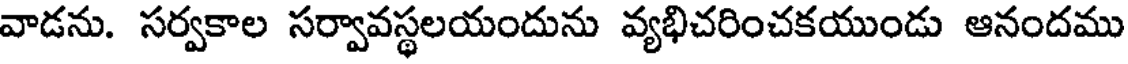
వాడను. సర్వకాల సర్వావస్థలయందును వ్యభిచరించకయుండు ఆనందము